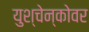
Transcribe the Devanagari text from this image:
युश्चेन्कोवर